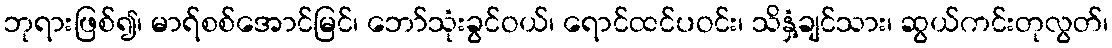
ဘုရားဖြစ်၍၊ မာရ်စစ်အောင်မြင်၊ ဘော်သုံးခွင်ဝယ်၊ ရောင်ထင်ပဝင်း၊ သိနှံ့ချင်သား၊ ဆွယ်ကင်းတုလွတ်၊